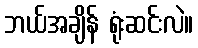
ဘယ်အချိန် ရုံးဆင်းလဲ။